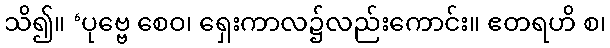
သိ၍။ ‘ပုဗ္ဗေ စေဝ၊ ရှေးကာလ၌လည်းကောင်း။ ဧတရဟိ စ၊